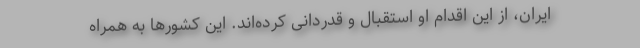
ایران، از این اقدام او استقبال و قدردانی کرده‌اند. این کشورها به همراه